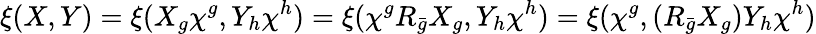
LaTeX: \xi(X,Y)=\xi(X_{g}\chi^{g},Y_{h}\chi^{h})=\xi(\chi^{g}R_{\bar{g}}X_{g},Y_{h}\chi^{h})=\xi(\chi^{g},(R_{\bar{g}}X_{g})Y_{h}\chi^{h})